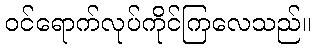
ဝင်ရောက်လုပ်ကိုင်ကြလေသည်။